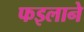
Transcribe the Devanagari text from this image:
फइलाने